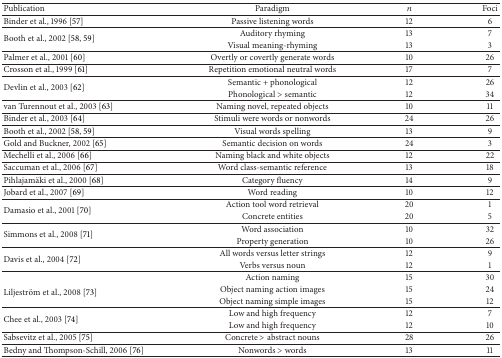
<table><thead><tr><td><b>Publication</b></td><td><b>Paradigm</b></td><td><b><i>n</i></b></td><td><b>Foci</b></td></tr></thead><tbody><tr><td>Binder et al., 1996 [57]</td><td>Passive listening words</td><td>12</td><td>6</td></tr><tr><td rowspan="2">Booth et al., 2002 [58, 59]</td><td>Auditory rhyming</td><td>13</td><td>7</td></tr><tr><td>Visual meaning-rhyming</td><td>13</td><td>3</td></tr><tr><td>Palmer et al., 2001 [60]</td><td>Overtly or covertly generate words</td><td>10</td><td>26</td></tr><tr><td>Crosson et al., 1999 [61]</td><td>Repetition emotional neutral words</td><td>17</td><td>7</td></tr><tr><td rowspan="2">Devlin et al., 2003 [62]</td><td>Semantic + phonological</td><td>12</td><td>26</td></tr><tr><td>Phonological &gt; semantic</td><td>12</td><td>34</td></tr><tr><td>van Turennout et al., 2003 [63]</td><td>Naming novel, repeated objects</td><td>10</td><td>11</td></tr><tr><td>Binder et al., 2003 [64]</td><td>Stimuli were words or nonwords</td><td>24</td><td>26</td></tr><tr><td>Booth et al., 2002 [58, 59]</td><td>Visual words spelling</td><td>13</td><td>9</td></tr><tr><td>Gold and Buckner, 2002 [65]</td><td>Semantic decision on words</td><td>24</td><td>3</td></tr><tr><td>Mechelli et al., 2006 [66]</td><td>Naming black and white objects</td><td>12</td><td>22</td></tr><tr><td>Saccuman et al., 2006 [67]</td><td>Word class-semantic reference</td><td>13</td><td>18</td></tr><tr><td>Pihlajamäki et al., 2000 [68]</td><td>Category fluency</td><td>14</td><td>9</td></tr><tr><td>Jobard et al., 2007 [69]</td><td>Word reading</td><td>10</td><td>12</td></tr><tr><td rowspan="2">Damasio et al., 2001 [70]</td><td>Action tool word retrieval</td><td>20</td><td>1</td></tr><tr><td>Concrete entities</td><td>20</td><td>5</td></tr><tr><td rowspan="2">Simmons et al., 2008 [71] </td><td>Word association</td><td>10</td><td>32</td></tr><tr><td>Property generation</td><td>10</td><td>26</td></tr><tr><td rowspan="2">Davis et al., 2004 [72] </td><td>All words versus letter strings</td><td>12</td><td>9</td></tr><tr><td>Verbs versus noun</td><td>12</td><td>1</td></tr><tr><td rowspan="3">Liljeström et al., 2008 [73] </td><td>Action naming</td><td>15</td><td>30</td></tr><tr><td>Object naming action images</td><td>15</td><td>24</td></tr><tr><td>Object naming simple images</td><td>15</td><td>12</td></tr><tr><td rowspan="2">Chee et al., 2003 [74] </td><td>Low and high frequency</td><td>12</td><td>7</td></tr><tr><td>Low and high frequency</td><td>12</td><td>10</td></tr><tr><td>Sabsevitz et al., 2005 [75]</td><td>Concrete &gt; abstract nouns</td><td>28</td><td>26</td></tr><tr><td>Bedny and Thompson-Schill, 2006 [76]</td><td>Nonwords &gt; words</td><td>13</td><td>11</td></tr></tbody></table>